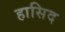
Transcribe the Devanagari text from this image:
हासिद